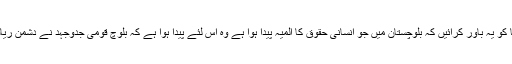
کیا بحیثیت قومی سیاسی جماعت ہماری زمہ داری نہیں بنتی کہ دنیا کو یہ باور کرائیں کہ بلوچستان میں جو انسانی حقوق کا المیہ پیدا ہوا ہے وہ اس لئے پیدا ہوا ہے کہ بلوچ قومی جدوجہد نے دشمن ریاست کو حواس باختہ کردیا ہے اور وہ انسانیت سوز عمل کررہا ہے۔